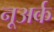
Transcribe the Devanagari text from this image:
नूअर्क